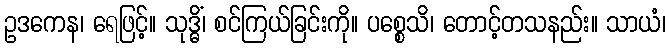
ဥဒကေန၊ ရေဖြင့်။ သုဒ္ဓိံ၊ စင်ကြယ်ခြင်းကို။ ပစ္စေသိ၊ တောင့်တသနည်း။ သာယံ၊